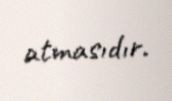
atmasıdır.